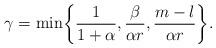
LaTeX: \begin{align*}\gamma=\min\biggl\{\frac{1}{1+\alpha},\frac{\beta}{\alpha r}, \frac{m-l}{\alpha r}\biggr\}.\end{align*}